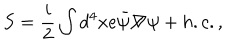
LaTeX: S = \frac { i } { 2 } \int d ^ { 4 } x e { \bar { \psi } } { \not \! \nabla } \psi + h . c . ,